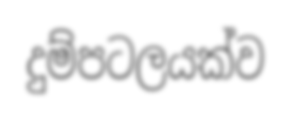
දුම්පටලයක්ව